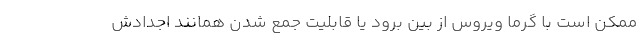
ممکن است با گرما ویروس از بین برود یا قابلیت جمع شدن همانند اجدادش